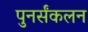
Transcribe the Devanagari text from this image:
पुनर्संकलन